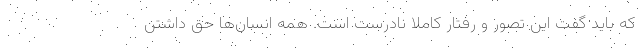
که باید گفت این تصور و رفتار کاملا نادرست است. همه انسان‌ها حق داشتن